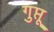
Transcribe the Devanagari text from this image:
गुप्तू